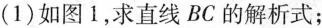
(1)如图1，求直线BC的解析式；